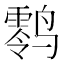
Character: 𱊪